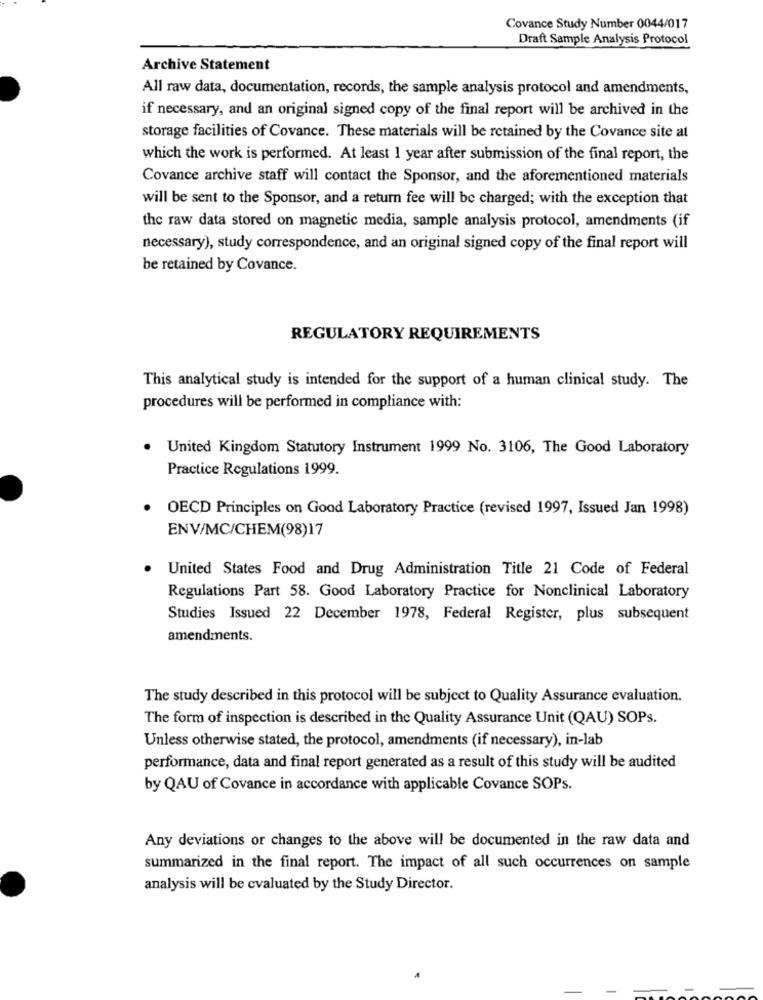
Covance Study Number 0044/017
Draft Sample Analysis Protocol
Archive Statement
All raw data, documentation, records, the sample analysis protocol and amendments,
if necessary, and an original signed copy of the final report will be archived in the
storage facilities of Covance. These materials will be retained by the Covance site at
which the work is performed. At least 1 year after submission of the final report, the
Covance archive staff will contact the Sponsor, and the aforementioned materials
will be sent to the Sponsor, and a return fee will be charged; with the exception that
the raw data stored on magnetic media, sample analysis protocol, amendments (if
necessary), study correspondence, and an original signed copy of the final report will
be retained by Covance.
REGULATORY REQUIREMENTS
This analytical study is intended for the support of a human clinical study. The
procedures will be performed in compliance with:
United Kingdom Statutory Instrument 1999 No. 3106, The Good Laboratory
Practice Regulations 1999.
OECD Principles on Good Laboratory Practice (revised 1997, Issued Jan 1998)
ENV/MC/CHEM(98)17
United States Food and Drug Administration Title 21 Code of Federal
Regulations Part 58. Good Laboratory Practice for Nonclinical Laboratory
Studies Issued 22 December 1978, Federal Register, plus subsequent
amendments.
The study described in this protocol will be subject to Quality Assurance evaluation.
The form of inspection is described in the Quality Assurance Unit (QAU) SOPs.
Unless otherwise stated, the protocol, amendments (if necessary), in-lab
performance, data and final report generated as a result of this study will be audited
by QAU of Covance in accordance with applicable Covance SOPs.
Any deviations or changes to the above will be documented in the raw data and
summarized in the final report. The impact of all such occurrences on sample
analysis will be evaluated by the Study Director.